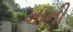
ખાની